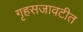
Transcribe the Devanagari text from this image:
गृहसजावटीत